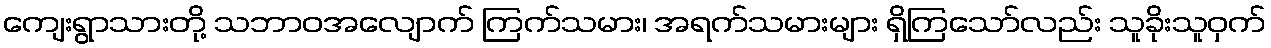
ကျေးရွာသားတို့ သဘာဝအလျောက် ကြက်သမား၊ အရက်သမားများ ရှိကြသော်လည်း သူခိုးသူဝှက်